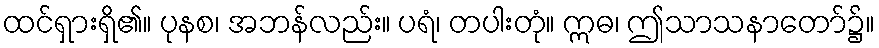
ထင်ရှားရှိ၏။ ပုနစ၊ အဘန်လည်း။ ပရံ၊ တပါးတုံ။ ဣဓ၊ ဤသာသနာတော်၌။